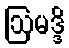
ဩမဒ္ဒိ